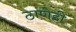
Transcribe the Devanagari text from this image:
ठाणेही